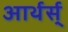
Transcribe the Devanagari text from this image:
आर्थर्स्